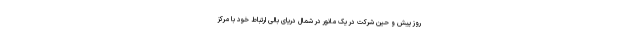
روز پیش و حین شرکت در یک مانور در شمال دریای بالی ارتباط خود با مرکز